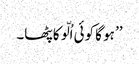
’’ ہو گا کوئی اُلّو کا پٹھا۔